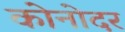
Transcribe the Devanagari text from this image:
कोनोदर